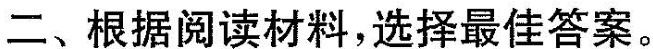
二、根据阅读材料,选择最佳答案。